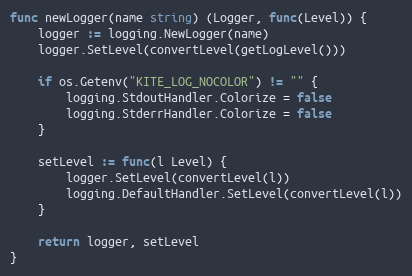
Language: Go
func newLogger(name string) (Logger, func(Level)) {
	logger := logging.NewLogger(name)
	logger.SetLevel(convertLevel(getLogLevel()))

	if os.Getenv("KITE_LOG_NOCOLOR") != "" {
		logging.StdoutHandler.Colorize = false
		logging.StderrHandler.Colorize = false
	}

	setLevel := func(l Level) {
		logger.SetLevel(convertLevel(l))
		logging.DefaultHandler.SetLevel(convertLevel(l))
	}

	return logger, setLevel
}